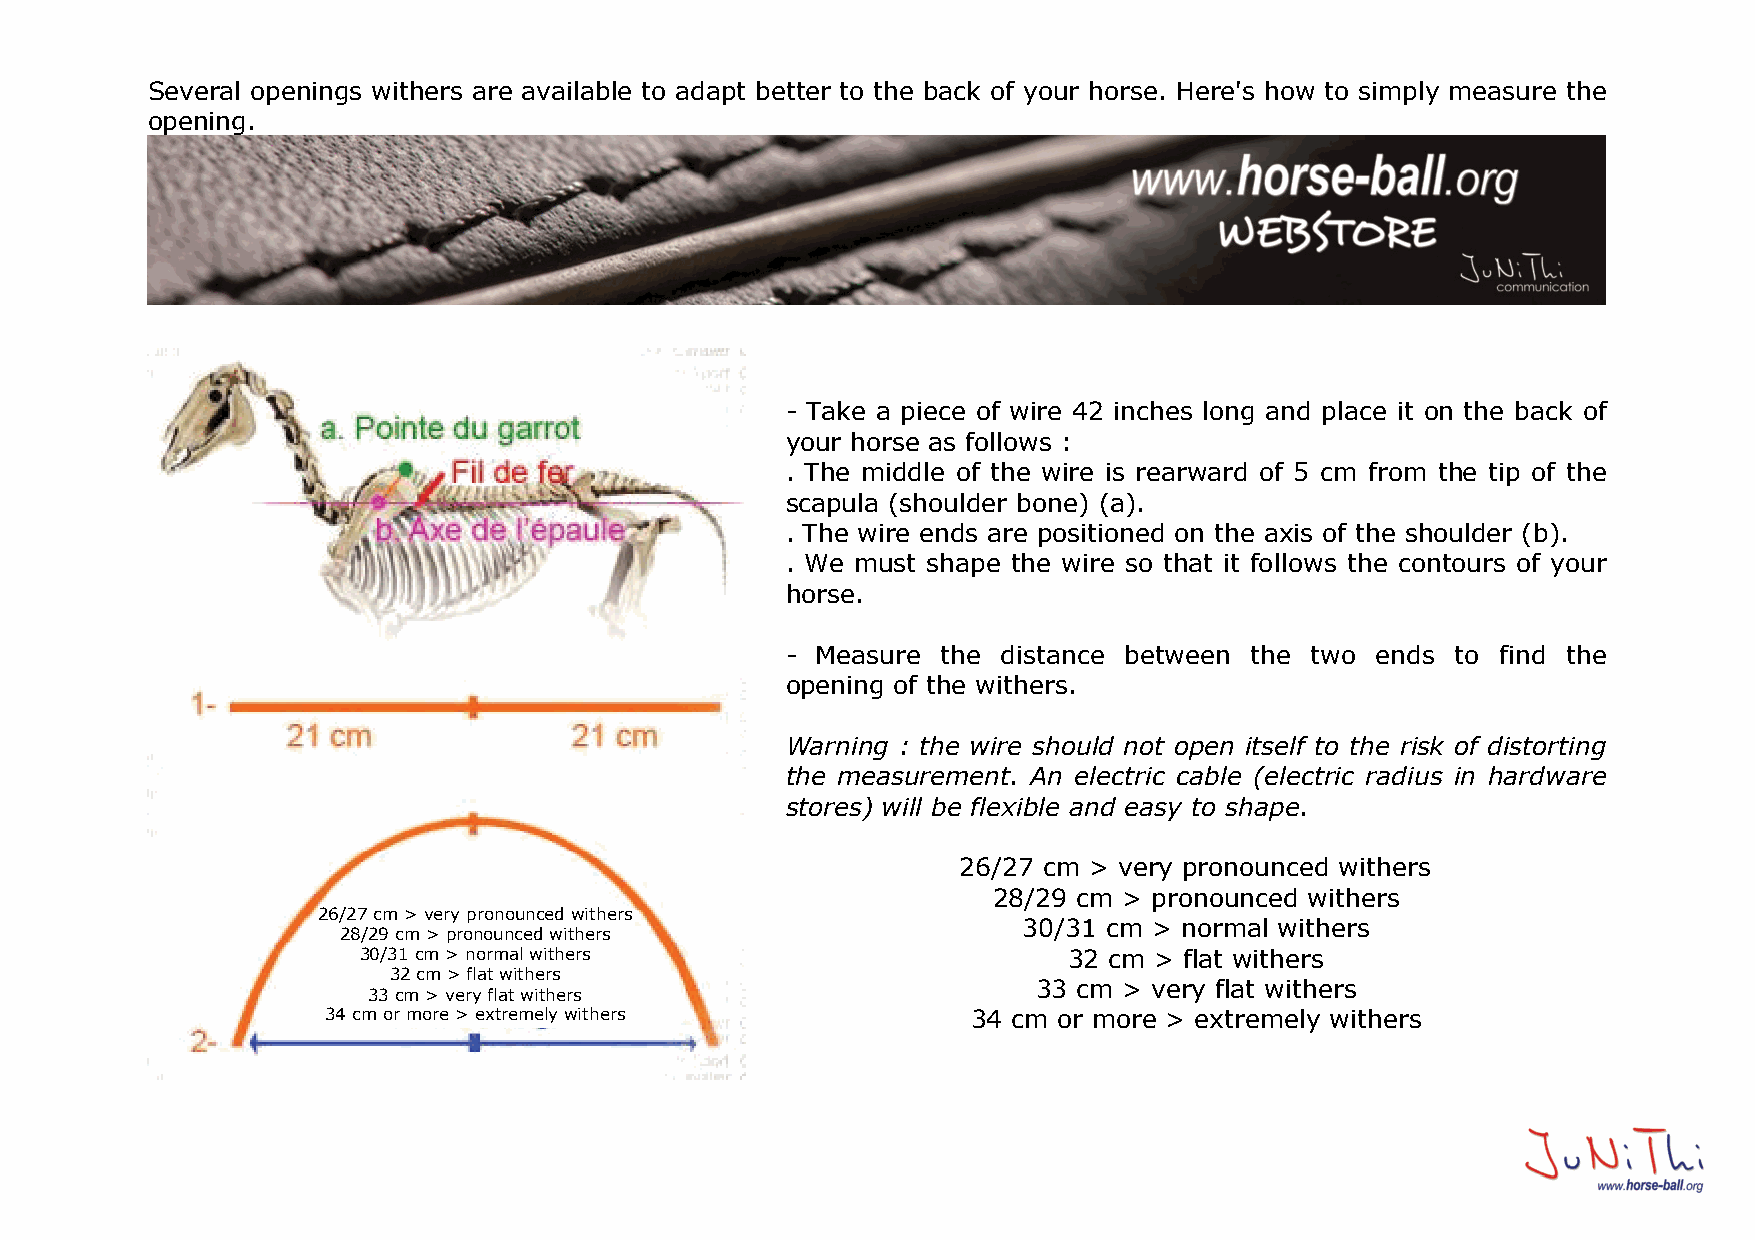
Several openings withers are available to adapt better to the back of your horse. Here's how to simply measure the
 opening.
 - Take a piece of wire 42 inches long and place it on the back of
 your horse as follows :
 . The middle of the wire is rearward of 5 cm from the tip of the
 scapula (shoulder bone) (a).
 . The wire ends are positioned on the axis of the shoulder (b).
 . We must shape the wire so that it follows the contours of your
 horse.
 - Measure the distance between the two ends to find the
 opening of the withers.
 Warning : the wire should not open itself to the risk of distorting
 the measurement. An electric cable (electric radius in hardware
 stores) will be flexible and easy to shape.
 26/27 cm > very pronounced withers
 28/29 cm > pronounced withers
 26/27 cm > very pronounced withers
 30/31 cm > normal withers
 28/29 cm > pronounced withers
 30/31 cm > normal withers                      32 cm > flat withers
 32 cm > flat withers
 33 cm > very flat withers
 33 cm > very flat withers
 34 cm or more > extremely withers         34 cm or more > extremely withers